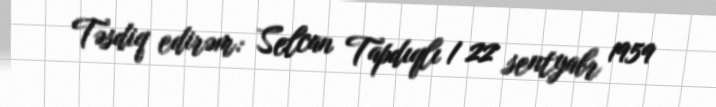
Təsdiq edirəm: Selcan Tapdıqlı / 22 sentyabr 1959